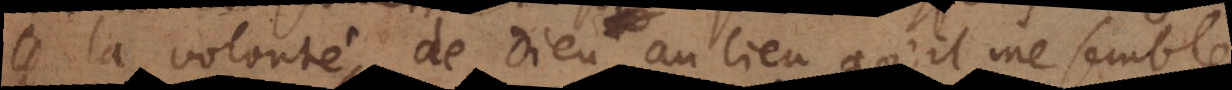
de la volonté de Dieu, au lieu qu’il me semble,